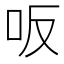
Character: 𠯘